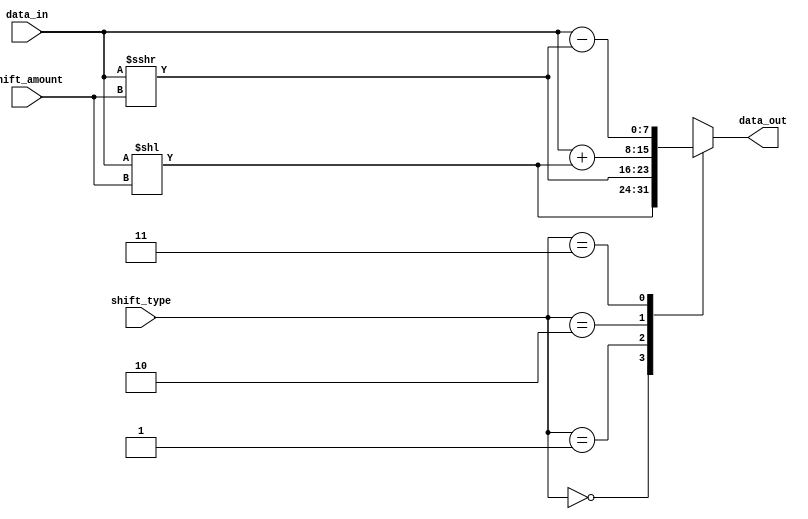
module Hybrid_Barrel_Shifter (
    input wire [7:0] data_in,
    input wire [1:0] shift_amount,
    input wire [1:0] shift_type,
    output reg [7:0] data_out
);

always @* begin
    case(shift_type)
        2'b00: data_out = data_in << shift_amount; // Logical left shift
        2'b01: data_out = data_in >>> shift_amount; // Logical right shift
        2'b10: data_out = data_in + (data_in << shift_amount); // Arithmetic left shift
        2'b11: data_out = data_in - (data_in >>> shift_amount); // Arithmetic right shift
        default: data_out = 8'h00;
    endcase
end

endmodule